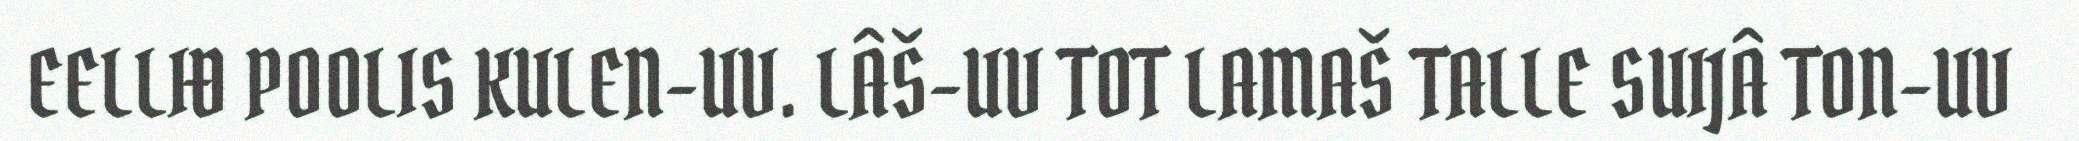
EELLIĐ POOLIS KULEN-UV. LÂŠ-UV TOT LAMAŠ TALLE SUIJÂ TON-UV